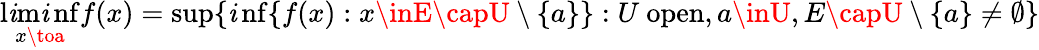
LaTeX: \operatorname*{l\mathit{i}m\mathit{i}nf}_{x\toa}f(x)=\operatorname*{sup}\{ \operatorname*{\mathit{i}nf}\{ f(x):x\inE\capU\setminus\{ a\} \} :U\ \mathrm{{open}},a\inU,E\capU\setminus\{ a\} \neq\emptyset\}